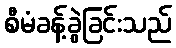
စီမံခန့်ခွဲခြင်းသည်